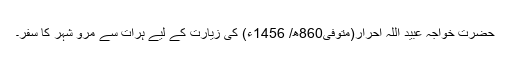
حضرت خواجہ عبید اللہ احرار(متوفی860ھ/ 1456ء) کی زیارت کے لیے ہرات سے مرو شہر کا سفر۔